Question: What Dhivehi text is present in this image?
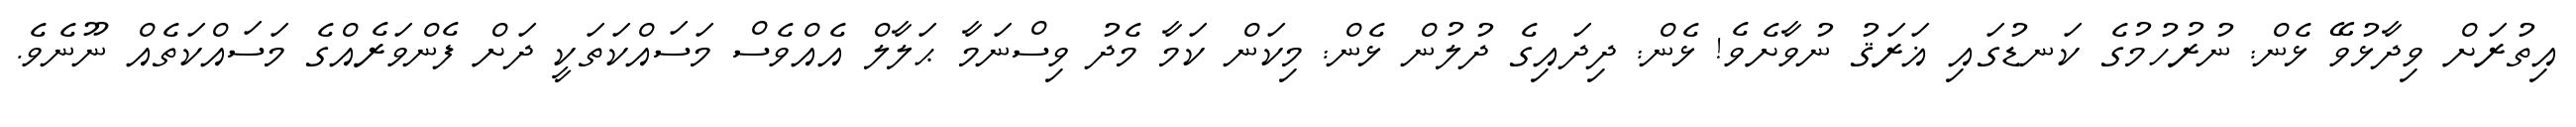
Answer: އިތުރަށް ވިދާޅުވޭ ޅެން: ނުރުހުމުގެ ކަނޑުގައި ޣަރަޤު ނުވާށެވެ! ޅެން: ދިދައިގެ ދުލުން ޅެން: މިކަން ކަމާ މެދު ވިސްނަމާ ޙަލާލް އެއްވެސް މަސައްކަތަކީ ދަށް ފެންވަރެއްގެ މަސައްކަތެއް ނޫނެވެ.